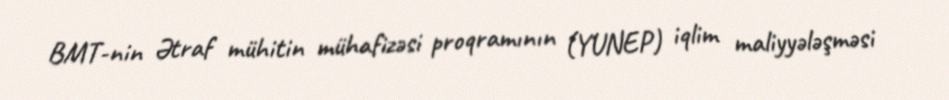
BMT-nin Ətraf mühitin mühafizəsi proqramının (YUNEP) iqlim maliyyələşməsi